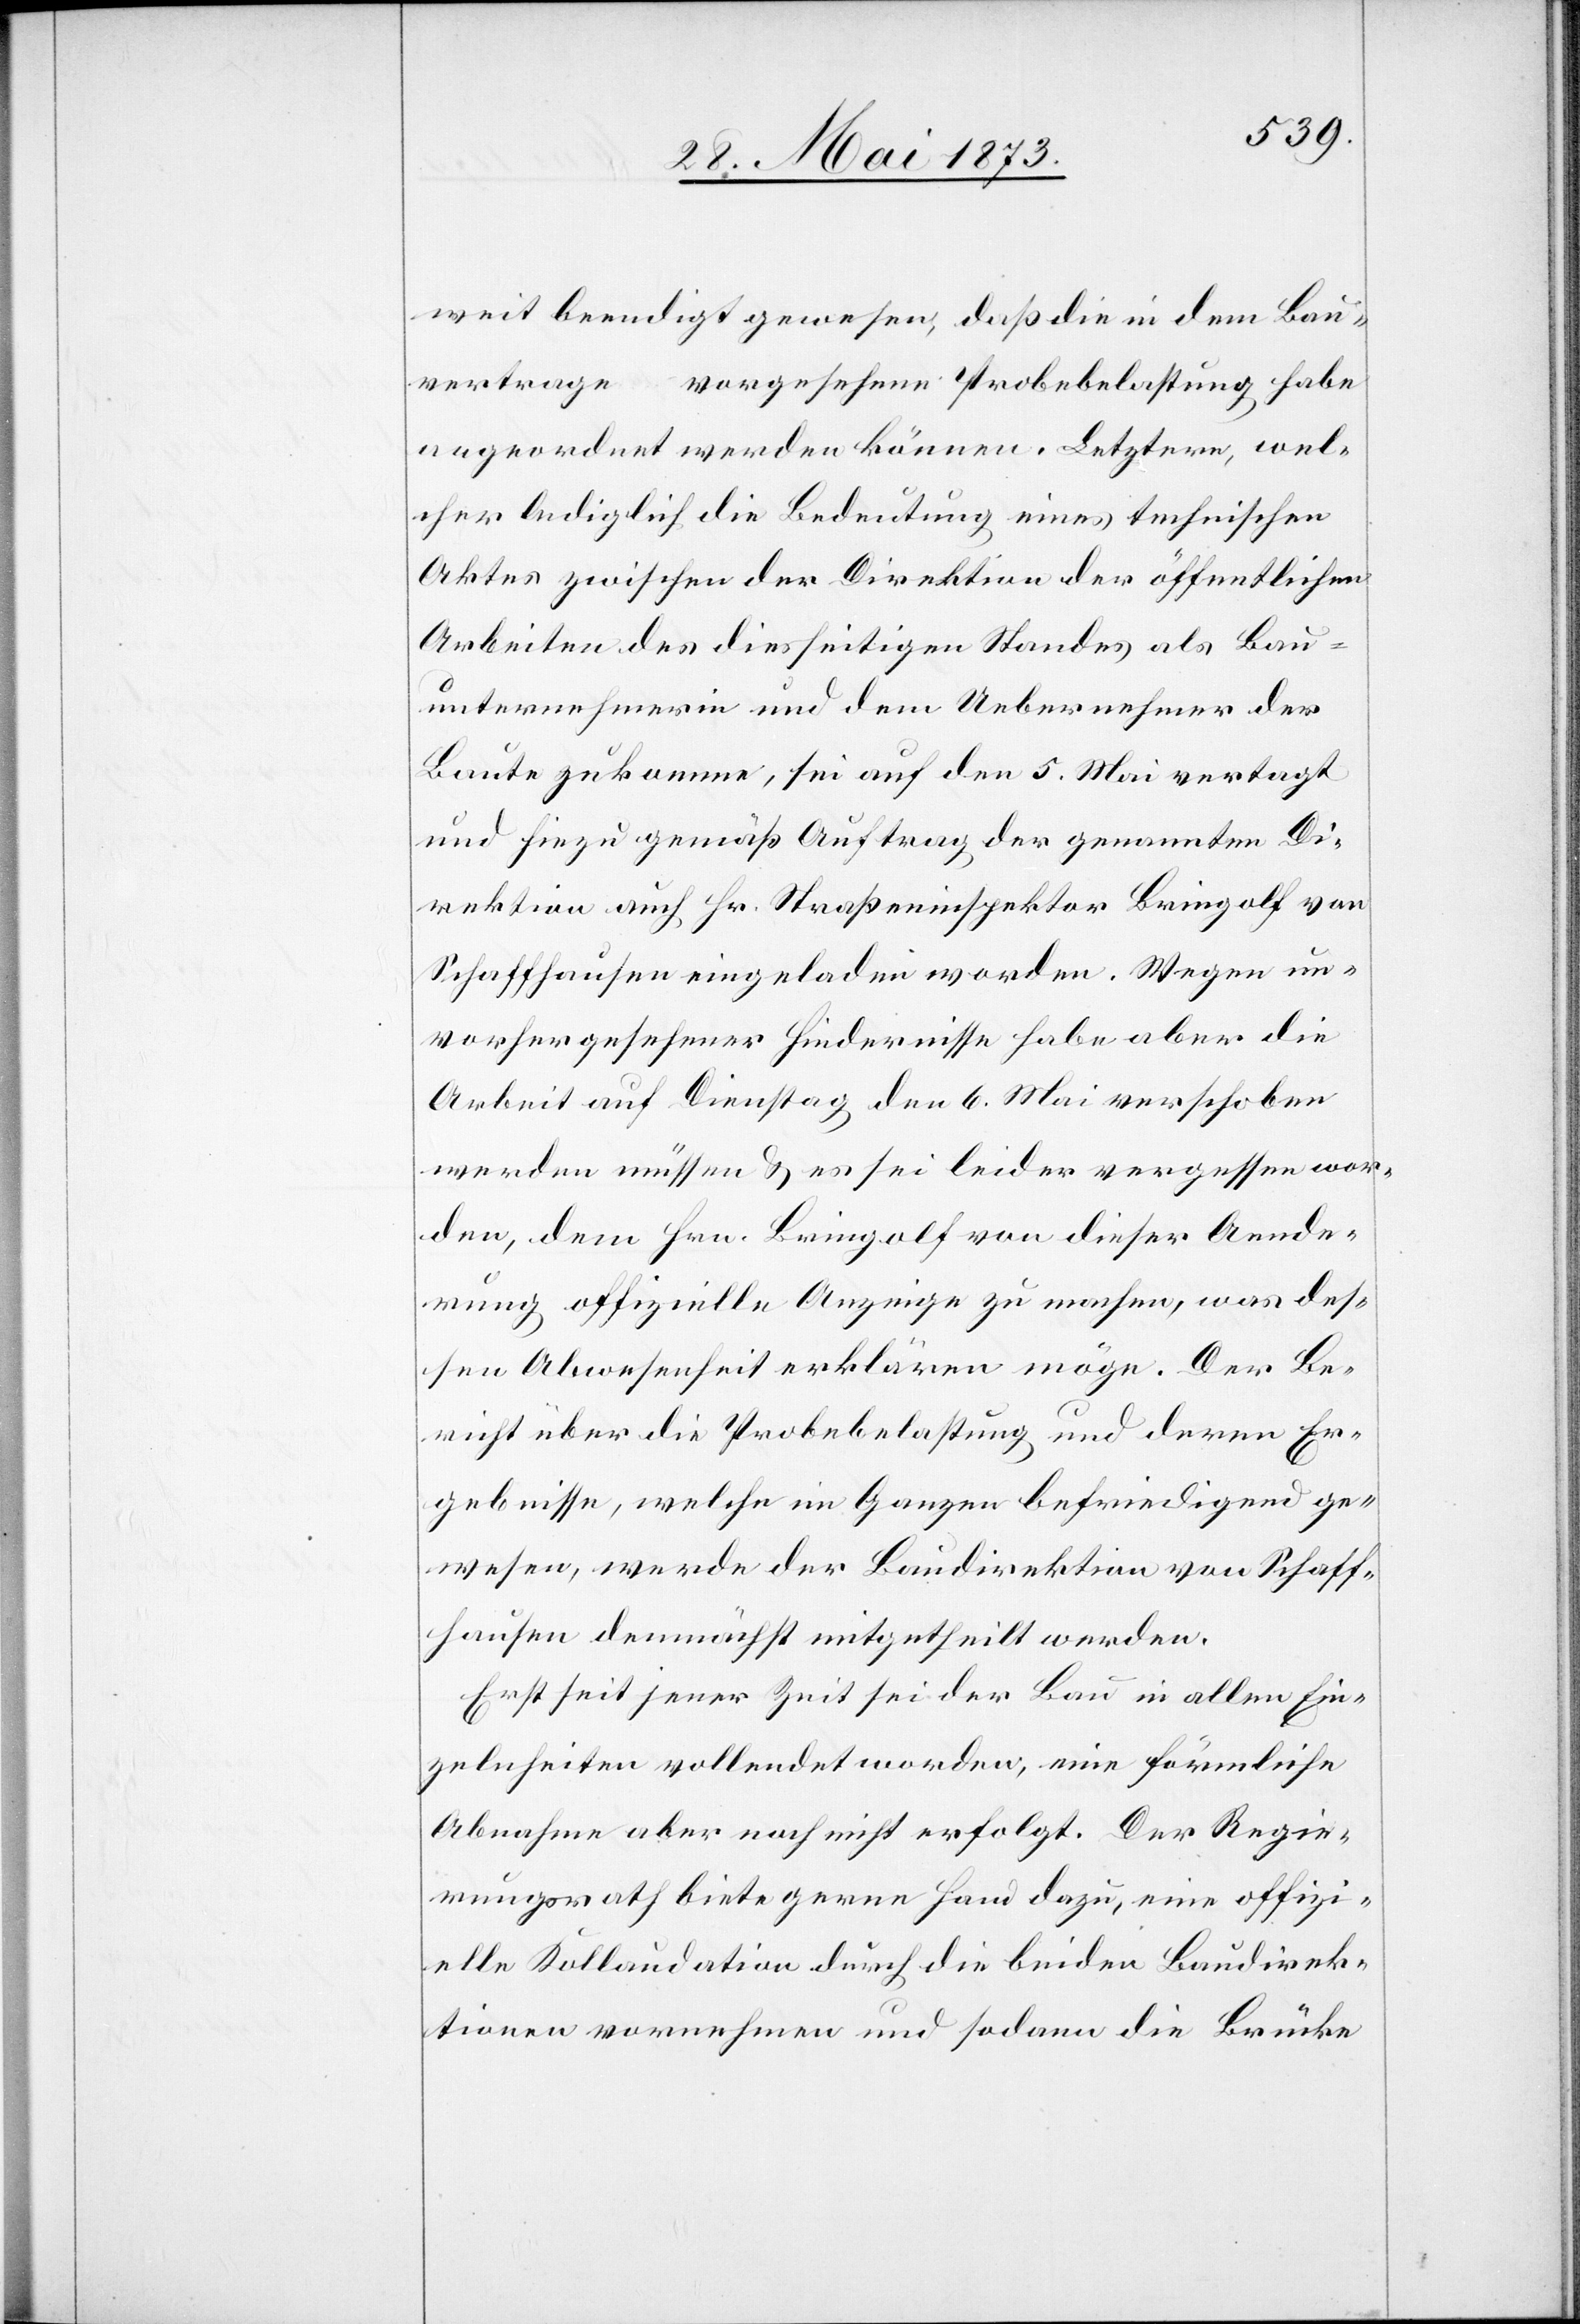
weit beendigt gewesen, daß die in dem Bau¬
vertrage vorgesehene Probebelastung habe
angeordnet werden können. Letztere, wel¬
cher lediglich die Bedeutung eines technischen
Aktes zwischen der Direktion der öffentlichen
Arbeiten des diesseitigen Standes als Bau¬
unternehmerin und dem Uebernehmer der
Baute zukomme, sei auf den 5. Mai vertagt
und hiezu gemäß Auftrag der genannten Di¬
rektion auch Hr. Straßeninspektor Bringolf von
Schaffhausen eingeladen worden. Wegen un¬
vorhergesehener Hindernisse habe aber die
Arbeit auf Dienstag den 6. Mai verschoben
werden müssen & es sei leider vergessen wor¬
den, dem Hrn. Bringolf von dieser Aende¬
rung offizielle Anzeige zu machen, was des¬
sen Abwesenheit erklären möge. Der Be¬
richt über die Probebelastung und deren Er¬
gebnisse, welche im Ganzen befriedigend ge¬
wesen, werde der Baudirektion von Schaff¬
hausen demnächst mitgetheilt werden.
Erst seit jener Zeit sei der Bau in allen Ein¬
zelnheiten vollendet worden, eine förmliche
Abnahme aber noch nicht erfolgt. Der Regie¬
rungsrath biete gerne Hand dazu, eine offizi¬
elle Kollaudation durch die beiden Baudirek¬
tionen vornehmen und sodann die Brücke